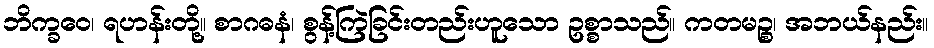
ဘိက္ခဝေ၊ ရဟန်းတို့။ စာဂဓနံ၊ စွန့်ကြဲခြင်းတည်းဟူသော ဥစ္စာသည်။ ကတမဉ္စ၊ အဘယ်နည်း။